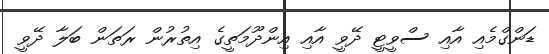
ޑަންގްމެއި އާއި ސްވީޓީ ދޭވީ އާއި އިންދޫމަތީގެ އިތުރުން ރަތަން ބަލާ ދޭވީ